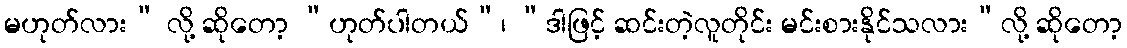
မဟုတ်လား” လို့ ဆိုတော့ “ဟုတ်ပါတယ်”၊ “ဒါဖြင့် ဆင်းတဲ့လူတိုင်း မင်းစားနိုင်သလား”လို့ ဆိုတော့